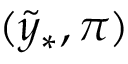
( \tilde { y } _ { \ast } , \pi )